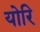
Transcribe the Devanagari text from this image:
योरि